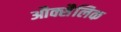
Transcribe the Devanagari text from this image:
औक्सैलिक